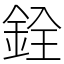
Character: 銓